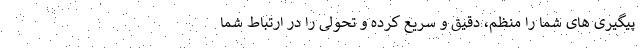
پیگیری های شما را منظم، دقیق و سریع کرده و تحولی را در ارتباط شما